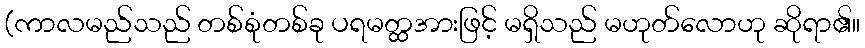
(ကာလမည်သည် တစ်စုံတစ်ခု ပရမတ္ထအားဖြင့် မရှိသည် မဟုတ်လောဟု ဆိုရာ၏။